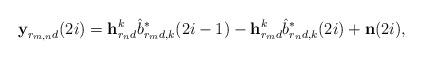
LaTeX: \begin{align*}\textbf{y}_{r_{m,n}d}(2i)= \textbf{h}_{r_nd}^k\hat{b}^*_{r_md,k}(2i-1)- \textbf{h}_{r_md}^k\hat{b}^*_{r_nd,k}(2i)+\textbf{n}(2i),\end{align*}